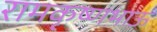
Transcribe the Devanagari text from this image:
रामकृष्णभाऊ